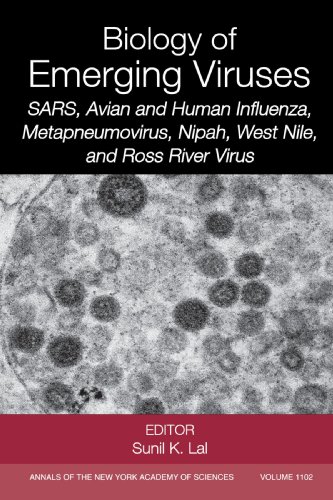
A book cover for The Biology of Emerging Viruses (Annals of the New York Academy of Sciences); Medical Books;